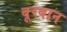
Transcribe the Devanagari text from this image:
बूरबान